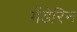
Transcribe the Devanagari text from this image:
मेंडेरिन